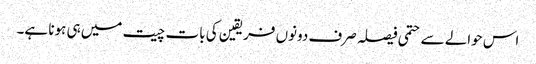
اس حوالے سے حتمی فیصلہ صرف دونوں فریقین کی بات چیت میں ہی ہونا ہے۔